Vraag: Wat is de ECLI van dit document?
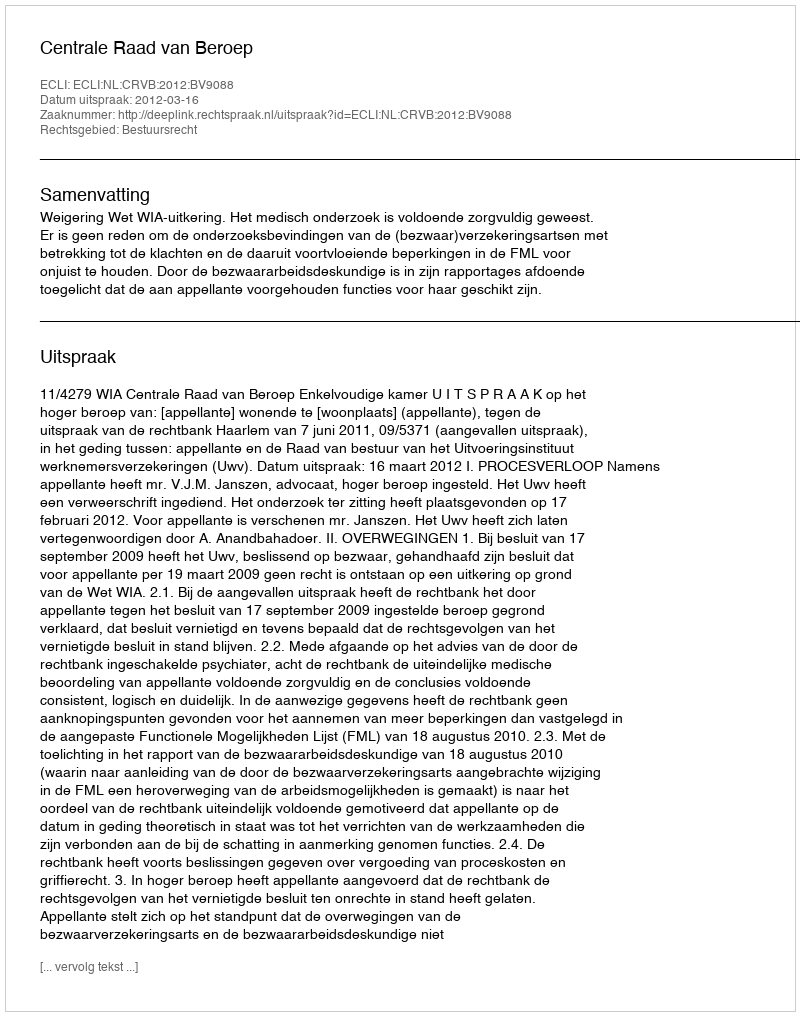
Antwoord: ECLI:NL:CRVB:2012:BV9088